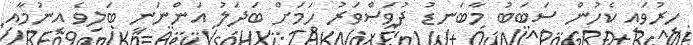
ހިރުވައި ކެހުން ސަބަބު މާބަނޑު ދުވަސްވަރު ހަމަށް ބަދަލު އަންނަނީ ބަލިވެ އިނުމާއި